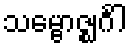
သမ္ဗောဇ္ဈင်္ဂါ